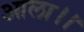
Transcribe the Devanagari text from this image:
आला।।